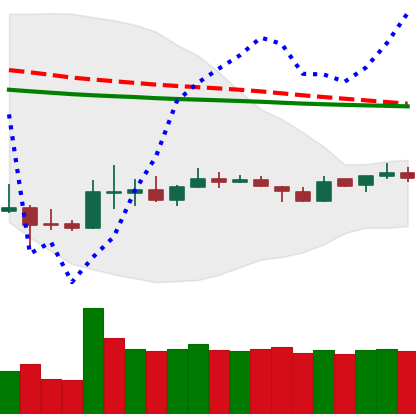
Ticker: DOGE-USD
Chart end date: 2020-04-03
Forward return: 8.581%
Label: up_7plus